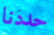
حددنا